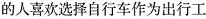
的人喜欢选择自行车作为出行工